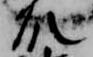
殿